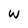
Character: w